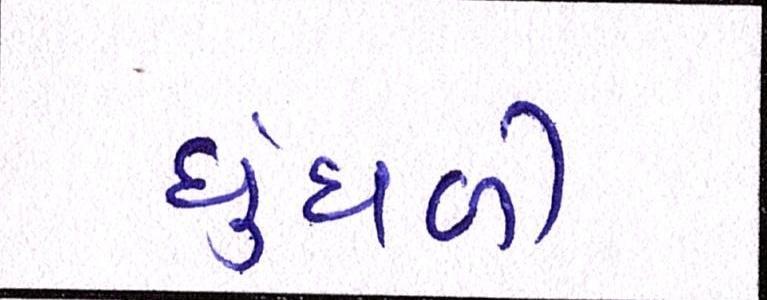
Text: ધુંધળી